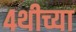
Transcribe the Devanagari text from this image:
४थीच्या